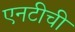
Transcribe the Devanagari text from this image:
एनटीची